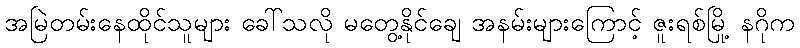
အမြဲတမ်းနေထိုင်သူများ ခေါ်သလို မတွေ့နိုင်ချေ အနမ်းများကြောင့် ဇူးရစ်မြို့ နဂိုက